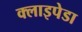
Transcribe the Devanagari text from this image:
क्लाइपेडा